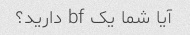
آیا شما یک bf دارید؟